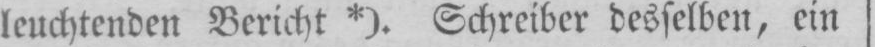
leuchtenden Bericht *). Schreiber desselben, ein